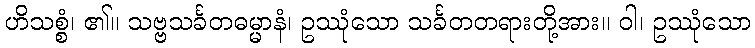
ဟိသစ္စံ၊ ၏။ သဗ္ဗသင်္ခတဓမ္မာနံ၊ ဥဿုံသော သင်္ခတတရားတို့အား။ ဝါ၊ ဥဿုံသော